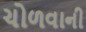
ચોળવાની